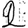
Digit: 2